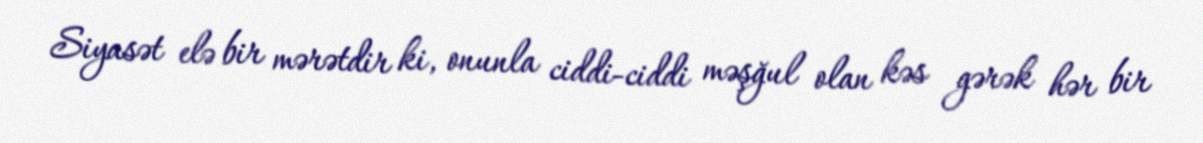
Siyasət elə bir mərətdir ki, onunla ciddi-ciddi məşğul olan kəs gərək hər bir